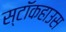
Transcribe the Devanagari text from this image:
स्टॉकहाउस